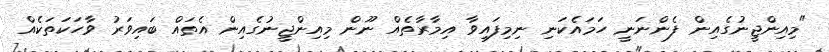
"މިއިންޖީނުގެއިން ފެންނަނީ ހަމައެކަނި ނިމިފައިވާ އިމާރާތެއް ނޫން މިއިންޖީނުގެއިން އެތައް ބައިވަރު ވާހަކަތަކެއް